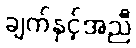
ချက်နှင့်အညီ